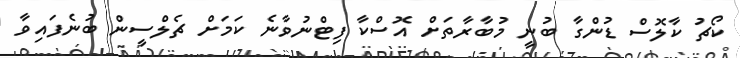
ކޯޗު ކާލޮސް ޑުންގާ ބުނީ މުބާރާތަށް އޮސްކާ ފިޓްނުވާނެ ކަމަށް ޗެލްސީން ބުނެފައިވާ